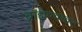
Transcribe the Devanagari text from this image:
ब्राह्मण्यावर